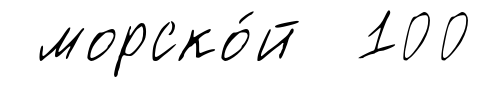
морско́й 100